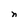
Character: n